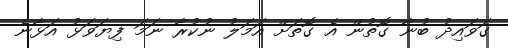
ގަވައިދު ބުނާ ގޮތުން އެ ގޮތަށް އަމަލު ނުކުރާ ނަމަ ފިޔަވަޅު އަޅާނެ